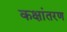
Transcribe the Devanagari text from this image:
कक्षांतरण